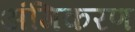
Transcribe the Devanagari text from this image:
अंगिकरण